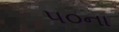
૫૦ના